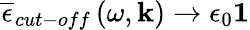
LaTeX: \overline{{\epsilon}}_{cut-off}\left(\omega,\mathbf{k}\right)\rightarrow\epsilon_{0}\mathbf{1}